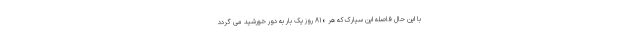
با این حال فاصله این سیارک که هر ۸۱۰ روز یک بار به دور خورشید می گردد